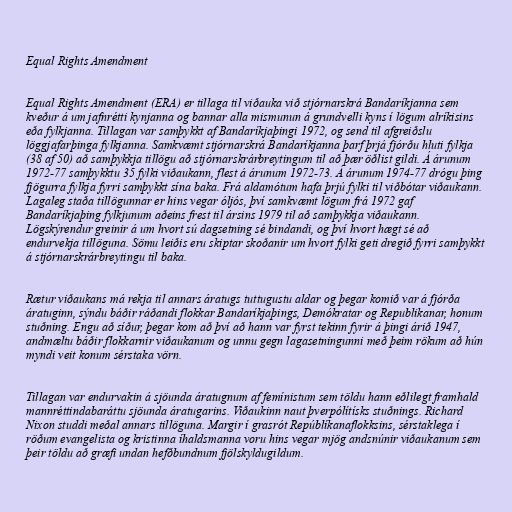
Equal Rights Amendment

Equal Rights Amendment (ERA) er tillaga til viðauka við stjórnarskrá Bandaríkjanna sem
kveður á um jafnrétti kynjanna og bannar alla mismunun á grundvelli kyns í lögum alríkisins
eða fylkjanna. Tillagan var samþykkt af Bandaríkjaþingi 1972, og send til afgreiðslu
löggjafarþinga fylkjanna. Samkvæmt stjórnarskrá Bandaríkjanna þarf þrjá fjórðu hluti fylkja
(38 af 50) að samþykkja tillögu að stjórnarskrárbreytingum til að þær öðlist gildi. Á árunum
1972-77 samþykktu 35 fylki viðaukann, flest á árunum 1972-73. Á árunum 1974-77 drógu þing
fjögurra fylkja fyrri samþykkt sína baka. Frá aldamótum hafa þrjú fylki til viðbótar viðaukann.
Lagaleg staða tillögunnar er hins vegar óljós, því samkvæmt lögum frá 1972 gaf
Bandaríkjaþing fylkjunum aðeins frest til ársins 1979 til að samþykkja viðaukann.
Lögskýrendur greinir á um hvort sú dagsetning sé bindandi, og því hvort hægt sé að
endurvekja tillöguna. Sömu leiðis eru skiptar skoðanir um hvort fylki geti dregið fyrri samþykkt
á stjórnarskrárbreytingu til baka.

Rætur viðaukans má rekja til annars áratugs tuttugustu aldar og þegar komið var á fjórða
áratuginn, sýndu báðir ráðandi flokkar Bandaríkjaþings, Demókratar og Republikanar, honum
stuðning. Engu að síður, þegar kom að því að hann var fyrst tekinn fyrir á þingi árið 1947,
andmæltu báðir flokkarnir viðaukanum og unnu gegn lagasetningunni með þeim rökum að hún
myndi veit konum sérstaka vörn.

Tillagan var endurvakin á sjöunda áratugnum af femínistum sem töldu hann eðlilegt framhald
mannréttindabaráttu sjöunda áratugarins. Viðaukinn naut þverpólítísks stuðnings. Richard
Nixon studdi meðal annars tillöguna. Margir í grasrót Repúblíkanaflokksins, sérstaklega í
röðum evangelista og kristinna íhaldsmanna voru hins vegar mjög andsnúnir viðaukanum sem
þeir töldu að græfi undan hefðbundnum fjölskyldugildum.